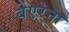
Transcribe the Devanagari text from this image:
बेएरेना